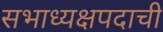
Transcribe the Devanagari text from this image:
सभाध्यक्षपदाची